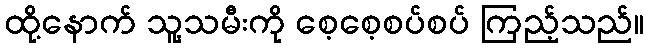
ထို့နောက် သူ့သမီးကို စေ့စေ့စပ်စပ် ကြည့်သည်။